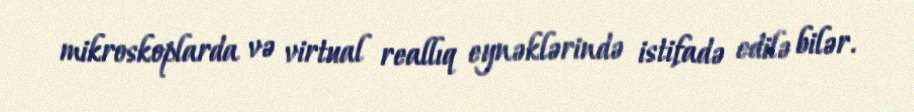
mikroskoplarda və virtual reallıq eynəklərində istifadə edilə bilər.